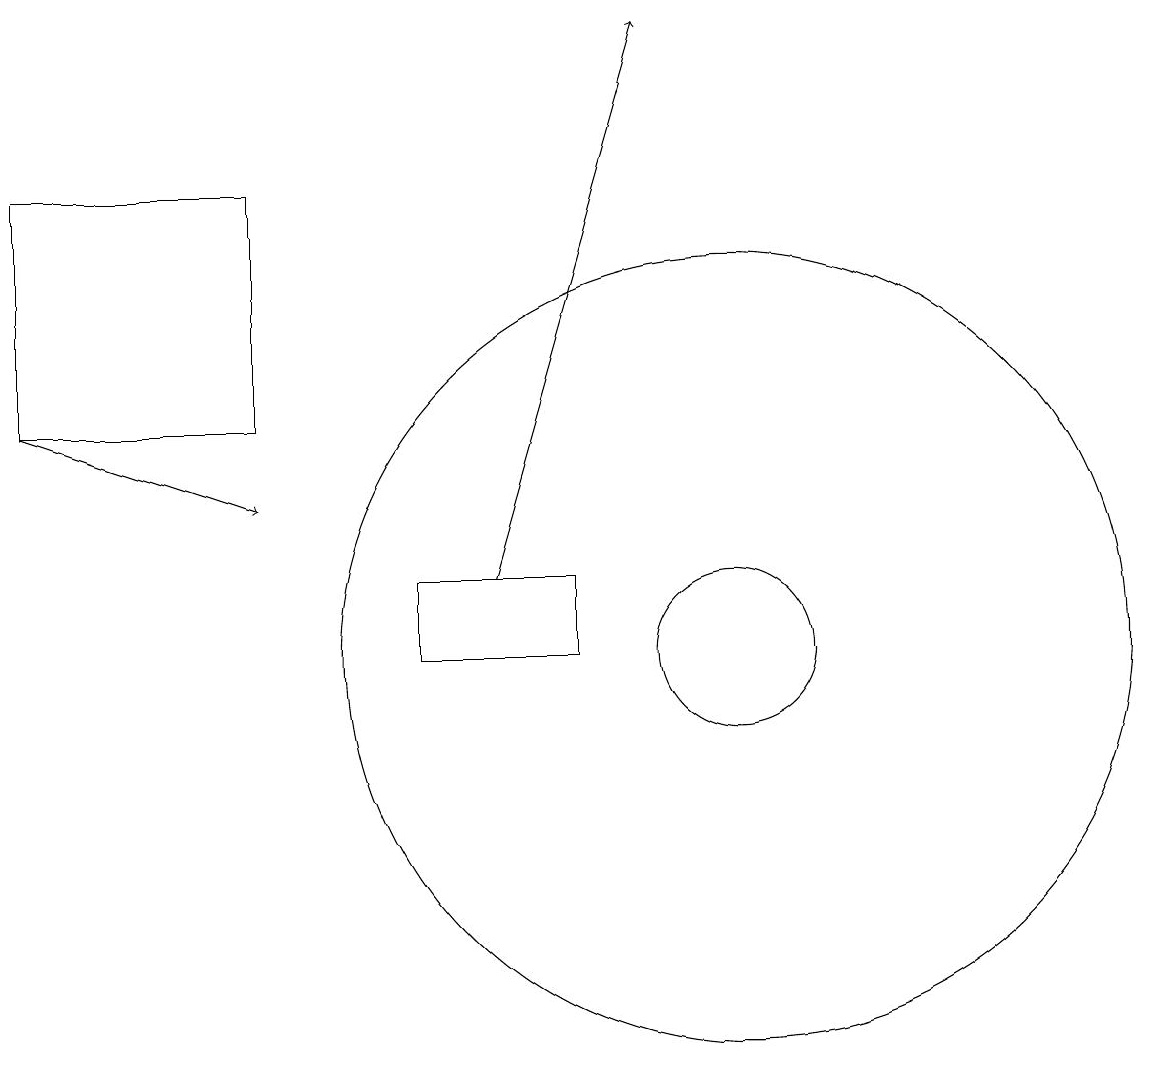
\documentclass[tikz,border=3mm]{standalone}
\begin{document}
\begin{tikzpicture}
\draw (10,10) circle (1);
\draw (8,11) rectangle (6,10);
\draw[->] (1,13) -- (4,12);
\draw (10,10) circle (5);
\draw (4,13) rectangle (1,16);
\draw[->] (7,11) -- (9,18);
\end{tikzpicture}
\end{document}